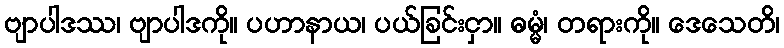
ဗျာပါဒဿ၊ ဗျာပါဒကို။ ပဟာနာယ၊ ပယ်ခြင်းငှာ။ ဓမ္မံ၊ တရားကို။ ဒေသေတိ၊